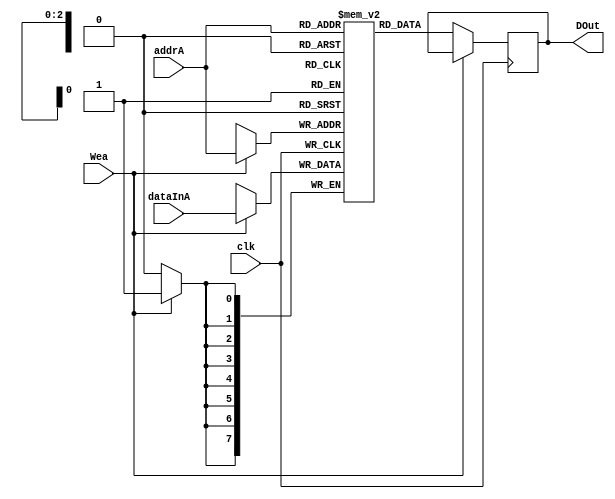
module MemoryA(DOut, dataInA,addrA,Wea,clk);

output reg [7:0] DOut;
input wire [7:0] dataInA;
input wire [2:0] addrA;
input wire Wea;
input clk;

reg [7:0] memoryA [7:0];

always @(posedge clk)
begin
	if(Wea)
	begin
		memoryA[addrA] <= dataInA;
	end
	else begin
		DOut <= memoryA[addrA];
	end
end
endmodule